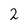
Character: 2